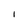
Character: l